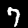
Digit: 7